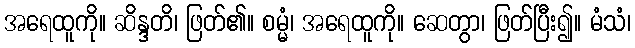
အရေထူကို။ ဆိန္ဒတိ၊ ဖြတ်၏။ စမ္မံ၊ အရေထူကို။ ဆေတွာ၊ ဖြတ်ပြီး၍။ မံသံ၊